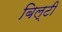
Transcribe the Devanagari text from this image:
बिल्टी